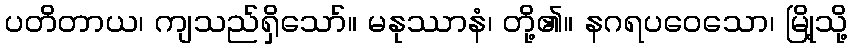
ပတိတာယ၊ ကျသည်ရှိသော်။ မနုဿာနံ၊ တို့၏။ နဂရပဝေသော၊ မြို့သို့